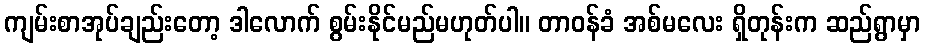
ကျမ်းစာအုပ်ချည်းတော့ ဒါလောက် စွမ်းနိုင်မည်မဟုတ်ပါ။ တာဝန်ခံ အစ်မလေး ရှိတုန်းက ဆည်ရွာမှာ